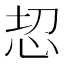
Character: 𢘰